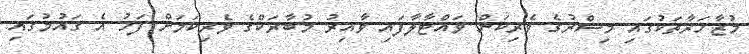
މުޒާހަރާތަކުގައި މިސްރުގެ ވެރިކަން ވައްޓާލާފައި ވާއިރު މުބާރަކްގެ ވެރިކަމަށް ފަހު އެ ގައުމުގައި